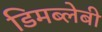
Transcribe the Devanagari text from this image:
डिमब्लेबी